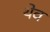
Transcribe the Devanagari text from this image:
थेव